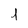
Character: 1